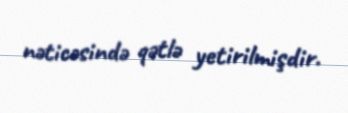
nəticəsində qətlə yetirilmişdir.